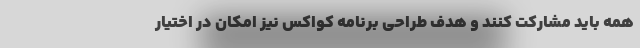
همه باید مشارکت کنند و هدف طراحی برنامه کواکس نیز امکان در اختیار